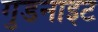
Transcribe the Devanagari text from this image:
गुडनाइट